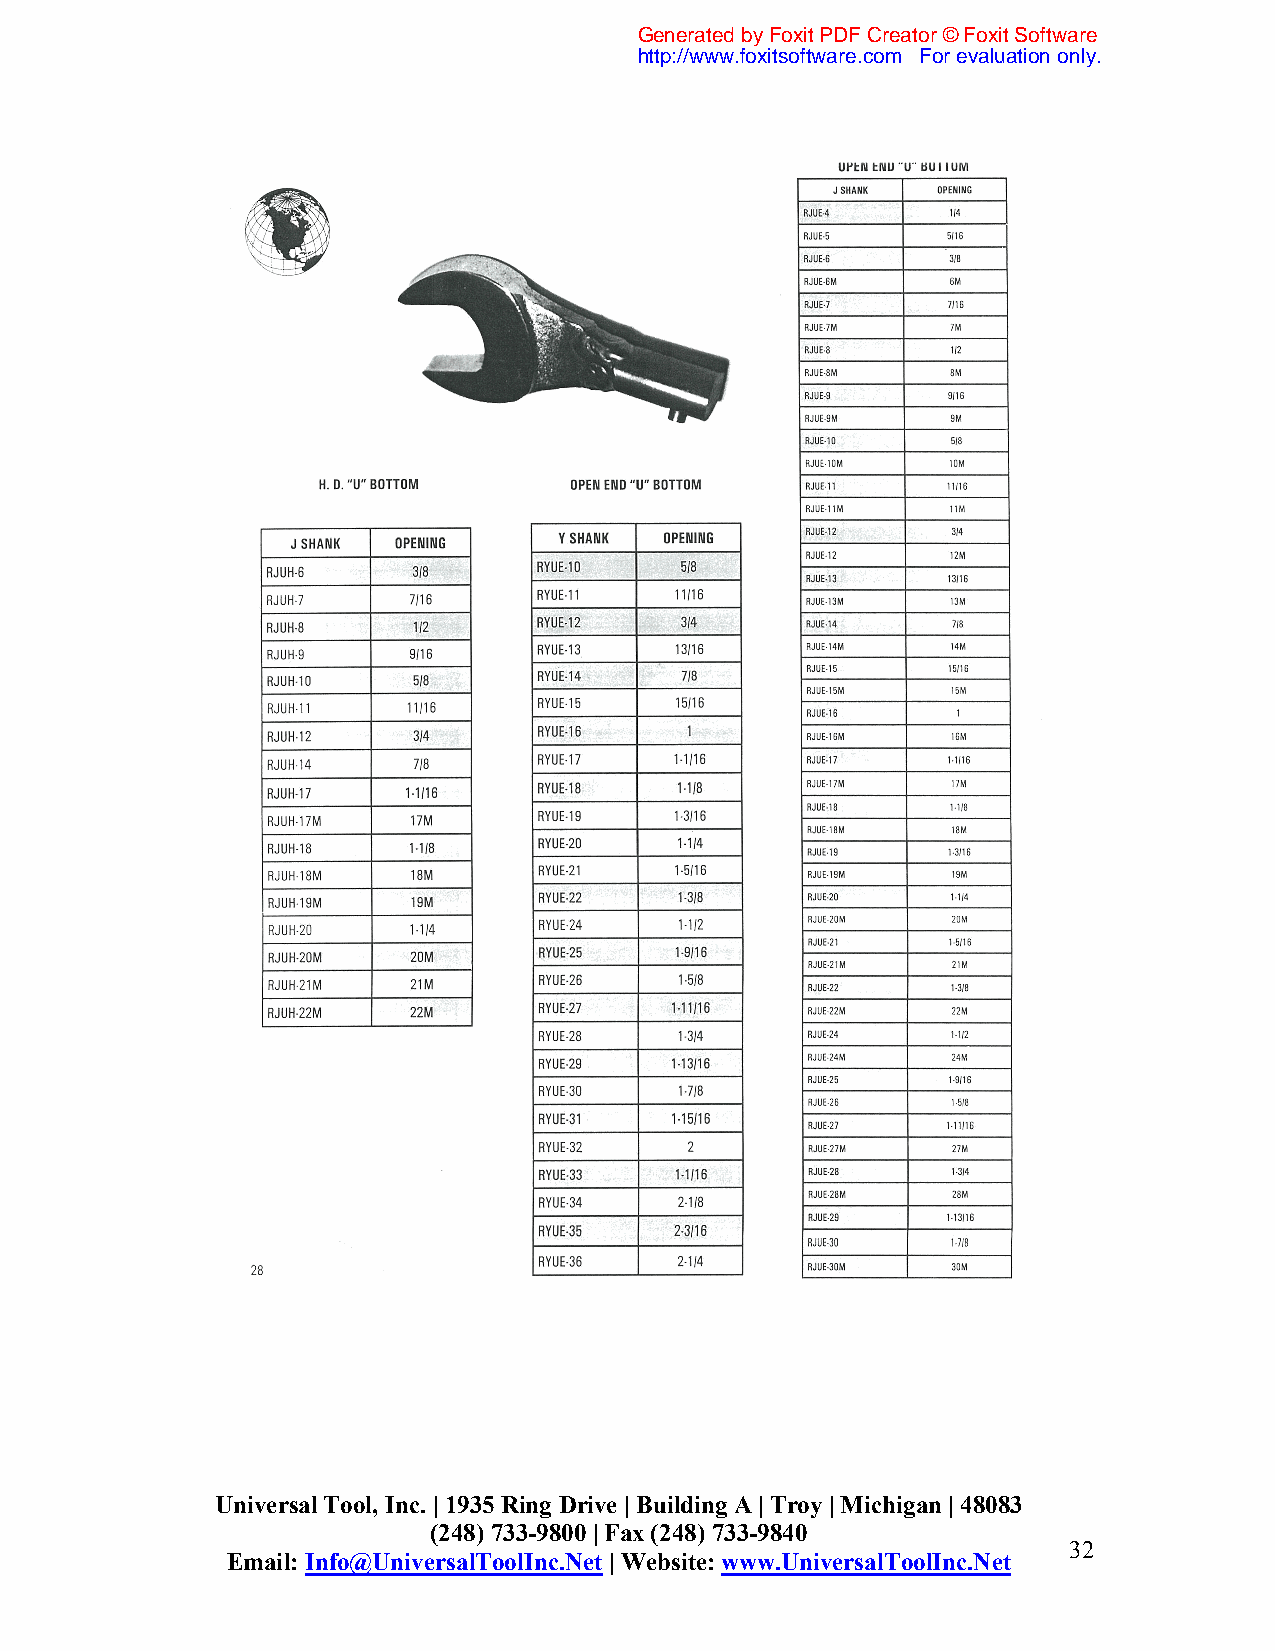
Generated by Foxit PDF Creator © Foxit Software
 http://www.foxitsoftware.com For evaluation only.
 Universal Tool, Inc. | 1935 Ring Drive | Building A | Troy | Michigan | 48083
 (248) 733-9800 | Fax (248) 733-9840
 32
 Email: Info@UniversalToolInc.Net | Website: www.UniversalToolInc.Net